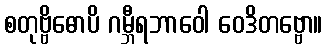
စတုဗ္ဗိဓောပိ ဂမ္ဘီရဘာဝေါ ဝေဒိတဗ္ဗော။